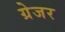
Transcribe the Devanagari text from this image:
ग्रेजर